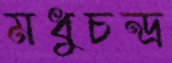
মধুচন্দ্র